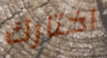
اختارك